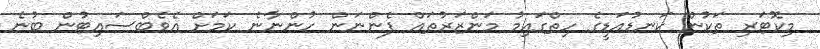
މިކޮޓަރި ތަކުން ކަނޑުއަޑީގެ ހިތްގައިމު މަންޒަރުތައް ފެންނަން ހުންނާނެ ކަމަށް އެވެބްސައިޓުން ބުނެ